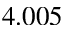
4 . 0 0 5